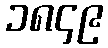
၁၈၄၉